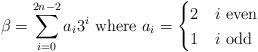
LaTeX: \begin{align*}\beta=\sum_{i=0}^{2n-2}{a_i 3^i}\textup{ where } a_i=\begin{cases}2& i\textup{ even}\\1 & i\textup{ odd}\\\end{cases}\end{align*}